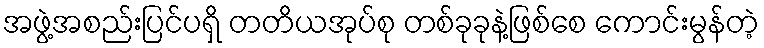
အဖွဲ့အစည်းပြင်ပရှိ တတိယအုပ်စု တစ်ခုခုနဲ့ဖြစ်စေ ကောင်းမွန်တဲ့